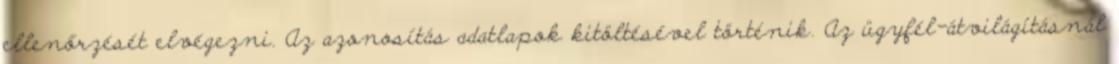
ellenőrzését elvégezni. Az azonosítás adatlapok kitöltésével történik. Az ügyfél-átvilágításnál